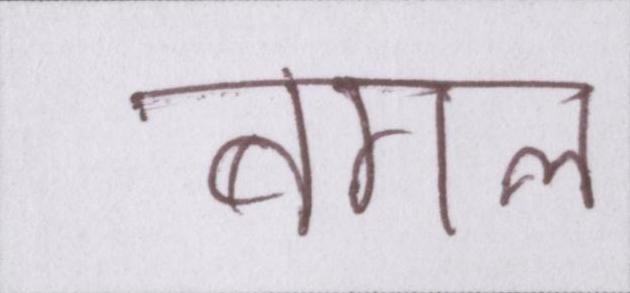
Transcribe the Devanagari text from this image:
बगल